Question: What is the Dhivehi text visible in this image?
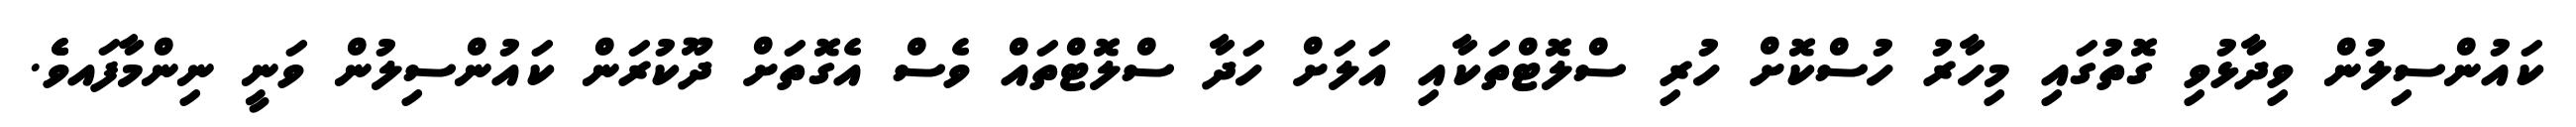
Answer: ކައުންސިލުން ވިދާޅުވި ގޮތުގައި މިހާރު ހުސްކޮށް ހުރި ސްލޮޓްތަކާއި އަލަށް ހަދާ ސްލޮޓްތައް ވެސް އެގޮތަށް ދޫކުރަން ކައުންސިލުން ވަނީ ނިންމާފައވެެ.